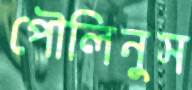
পৌলিনুস